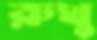
রুখু